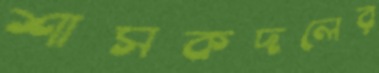
শাসকদলের